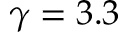
\gamma = 3 . 3